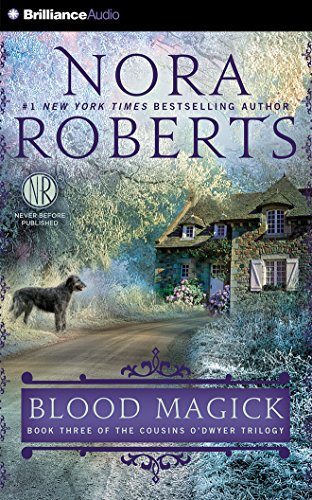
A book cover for Blood Magick (The Cousins O'Dwyer Trilogy); Nora Roberts; Romance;